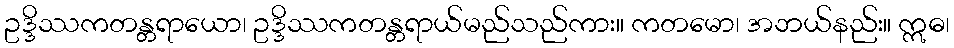
ဥဒ္ဒိဿကတန္တရာယော၊ ဥဒ္ဒိဿကတန္တရာယ်မည်သည်ကား။ ကတမော၊ အဘယ်နည်း။ ဣဓ၊